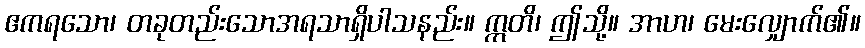
ဧကရသော၊ တခုတည်းသောအရသာရှိပါသနည်း။ ဣတိ၊ ဤသို့။ အာဟ၊ မေးလျှောက်၏။